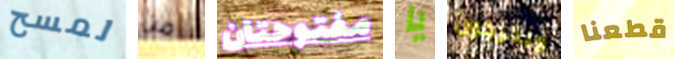
لمسح من مفتوحتان يا ويخرجون قطعنا